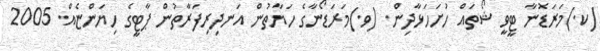
(ކ.)މަރަޑޮނާ ޓީވީ ޝޯތައް ހުށަހަޅާދިން. (ވ.)މަރަޑޯނާގެ ހަޔާތުން އަނދިރިފަރާތުން ޕާޓީގެ ހިޔަންޏެއް. 2005